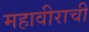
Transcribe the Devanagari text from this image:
महावीराची